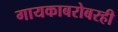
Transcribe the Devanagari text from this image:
गायकाबरोबरही